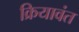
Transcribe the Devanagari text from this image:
क्रियावंत